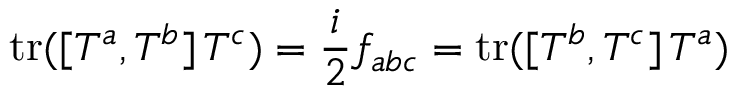
\mathrm { t r } ( [ T ^ { a } , T ^ { b } ] \, T ^ { c } ) = \frac { i } { 2 } f _ { a b c } = \mathrm { t r } ( [ T ^ { b } , T ^ { c } ] \, T ^ { a } )